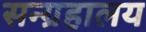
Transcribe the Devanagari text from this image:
सन्ग्रहालय